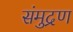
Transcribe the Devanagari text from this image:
संमुद्रण